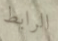
الرابط